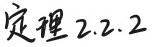
定理 2.2.2